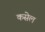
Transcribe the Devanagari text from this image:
कसेल